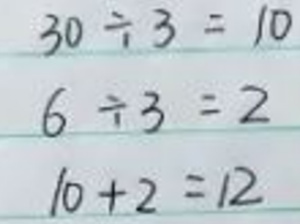
$30\div3 = 10$

$6\div3 = 2$

$10 + 2 = 12$